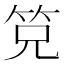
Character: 𰩴